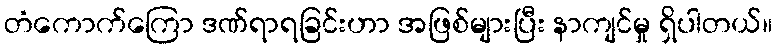
တံကောက်ကြော ဒဏ်ရာရခြင်းဟာ အဖြစ်များပြီး နာကျင်မှု ရှိပါတယ်။